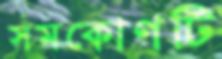
সমকোণটি